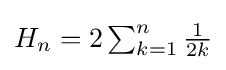
{\textstyle H_{n}=2\sum _{k=1}^{n}{\frac {1}{2k}}}